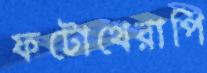
ফটোথেরাপি